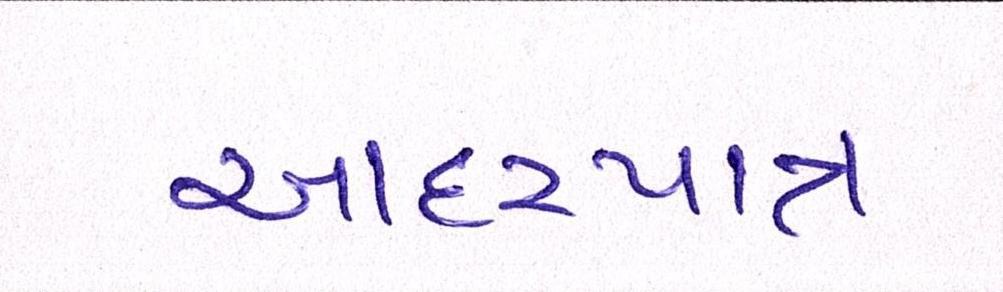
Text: આદરપાત્ર